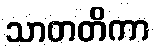
သာတတိကာ